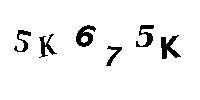
5K675K